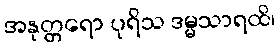
အနုတ္တရော ပုရိသ ဒမ္မသာရထိ၊